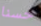
حسنا